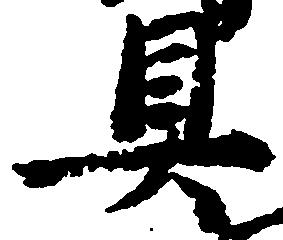
具